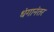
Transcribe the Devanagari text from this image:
धंगानंतर